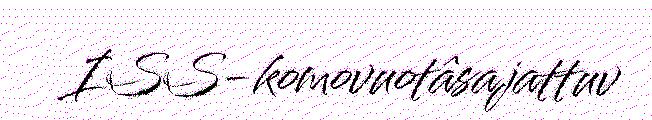
ISS-komovuotâsajattuv